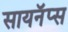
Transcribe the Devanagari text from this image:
सायनॅप्स